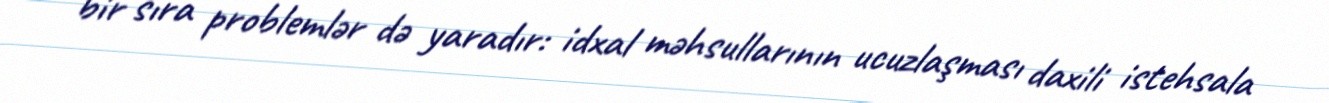
bir sıra problemlər də yaradır: idxal məhsullarının ucuzlaşması daxili istehsala